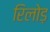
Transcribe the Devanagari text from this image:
रिलोड़